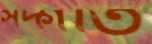
সদ্‌গতি